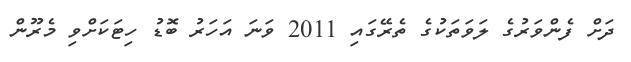
ދަށް ފެންވަރުގެ ލަވަތަކުގެ ތެރޭގައި 2011 ވަނަ އަހަރު ބޮޑު ހިޓަކަށްވި މެރޫން